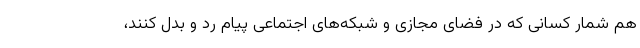
هم شمار کسانی که در فضای مجازی و شبکه‌های اجتماعی پیام رد و بدل کنند،